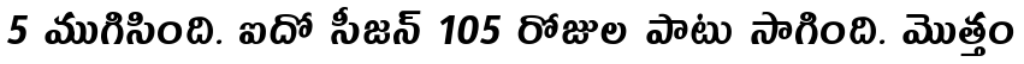
5 ముగిసింది. ఐదో సీజన్ 105 రోజుల పాటు సాగింది. మొత్తం